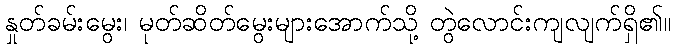
နှုတ်ခမ်းမွေး၊ မုတ်ဆိတ်မွေးများအောက်သို့ တွဲလောင်းကျလျက်ရှိ၏။